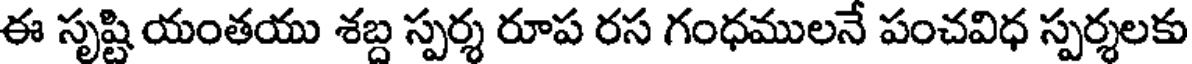
ఈ సృష్టి యంతయు శబ్ద స్పర్శ రూప రస గంధములనే పంచవిధ స్పర్శలకు